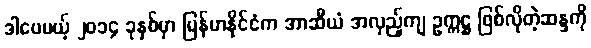
ဒါပေမယ့် ၂၀၁၄ ခုနှစ်မှာ မြန်မာနိုင်ငံက အာဆီယံ အလှည့်ကျ ဥက္ကဋ္ဌ ဖြစ်လိုတဲ့ဆန္ဒကို